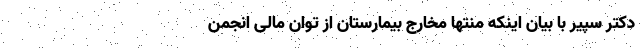
دکتر سپیر با بیان اینکه منتها مخارج بیمارستان از توان مالی انجمن